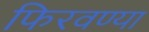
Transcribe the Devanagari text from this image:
फिरवण्या